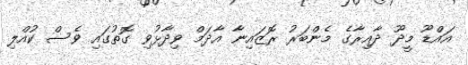
އައްޑޫ މީދޫ ދާއިރާގެ މެންބަރު ރޮޒައިނާ އާދަމް ވިދާޅުވި ގޮތުގައި ވެސް ކުއްލި